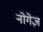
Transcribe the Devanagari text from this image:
नोगेज़